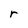
Character: r